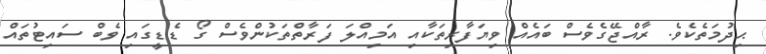
ޙިދުމަތެކެވެ. ރާއްޖޭގެވެސް ބައެއް ވިޔަފާރިތަކާއި އަމިއްލަ ފަރާތްތަކުންވެސް ގޯ ޑެޑީގައި ވެބް ސައިޓުތައް